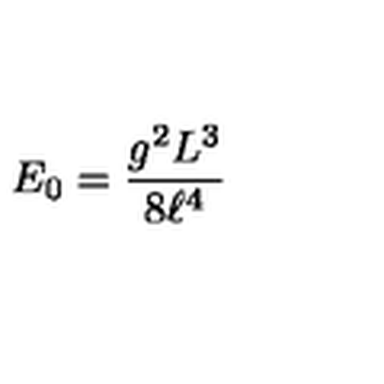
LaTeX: E _ { 0 } = \frac { g ^ { 2 } L ^ { 3 } } { 8 \ell ^ { 4 } }